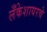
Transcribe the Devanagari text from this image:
लँकेशायरचे